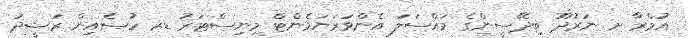
އުމްރާ ށ ނަރުދޫ ބިދޭސީންގެ މައްސަލަ އެންވަރަޔަމެންޓް މިނިސްޓަރު ޑރ ހުސެއިން ރަޝީދު